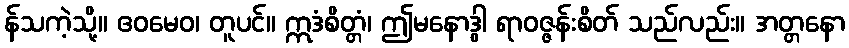
န်သကဲ့သို့။ ဧဝမေဝ၊ တူပင်။ ဣဒံစိတ္တံ၊ ဤမနောဒွါ ရာဝဇ္ဇန်းစိတ် သည်လည်း။ အတ္တနော